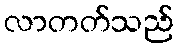
လာတတ်သည်